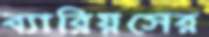
ব্যারিয়সের